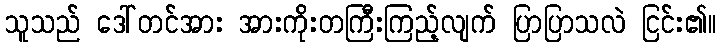
သူသည် ဒေါ်တင်အား အားကိုးတကြီးကြည့်လျက် ပြာပြာသလဲ ငြင်း၏။